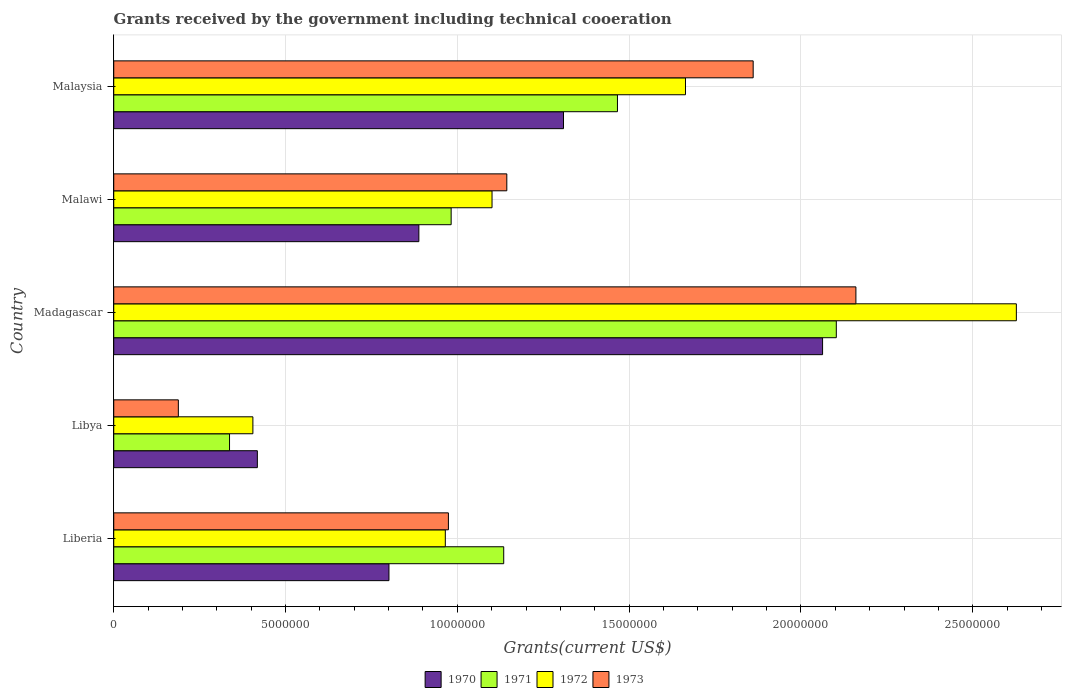
| Country | 1970 | 1971 | 1972 | 1973 |
 | --- | --- | --- | --- | --- |
 | Liberia | 8.01e+06 | 1.14e+07 | 9.65e+06 | 9.74e+06 |
 | Libya | 4.18e+06 | 3.37e+06 | 4.05e+06 | 1.88e+06 |
 | Madagascar | 2.06e+07 | 2.1e+07 | 2.63e+07 | 2.16e+07 |
 | Malawi | 8.88e+06 | 9.82e+06 | 1.1e+07 | 1.14e+07 |
 | Malaysia | 1.31e+07 | 1.47e+07 | 1.66e+07 | 1.86e+07 |